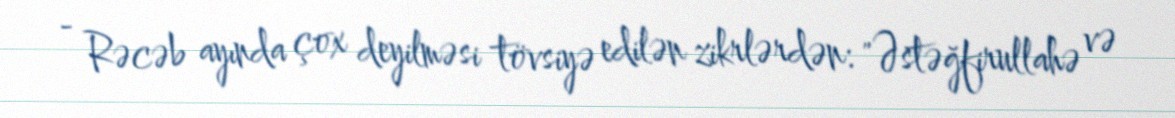
- Rəcəb ayında çox deyilməsi tövsiyə edilən zikrlərdən: "Əstəğfirullahə və